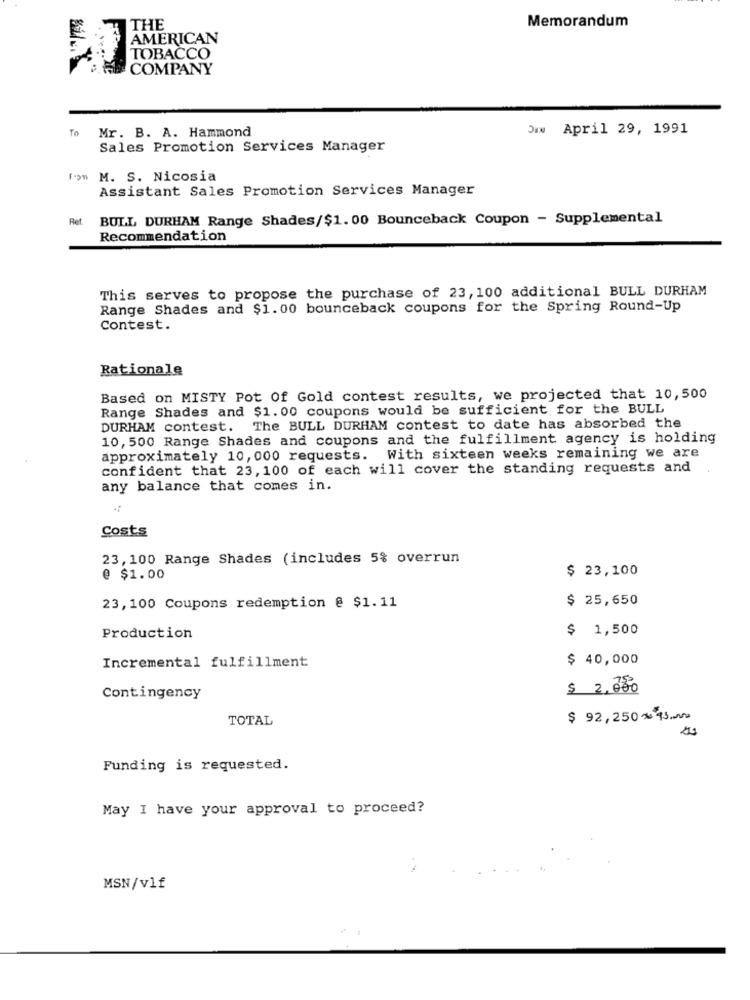
Memorandum
THE
TOBACCO
COMPANY
To
Mr. B. A. Hammond
IN April 29, 1991
Sales Promotion Services Manager
rom M. S. Nicosia
Assistant Sales Promotion Services Manager
Ret.
BULL DURHAM Range Shades/$1. 00 Bounceback Coupon - Supplemental
Recommendation
This serves to propose the purchase of 23, 100 additional BULL DURHAM
Range Shades and $1.00 bounceback coupons for the Spring Round-Up
Contest.
Rationale
Based on MISTY Pot Of Gold contest results, we projected that 10,500
Range Shades and $1.00 coupons would be sufficient for the BULL
DURHAM contest. The BULL DURHAM contest to date has absorbed the
10, 500 Range Shades and coupons and the fulfillment agency is holding
approximately 10, 000 requests. With sixteen weeks remaining we are
confident that 23, 100 of each will cover the standing requests and
any balance that comes in.
Costs
23, 100 Range Shades (includes 5% overrun
$ 23,100
@ $1.00
$ 25,650
23,100 Coupons redemption @ $1.11
$ 1,500
Production
$ 40,000
Incremental fulfillment
$ 2, 000
Contingency
TOTAL
$ 92,250*13.
Funding is requested.
May I have your approval to proceed?
MSN/vlf